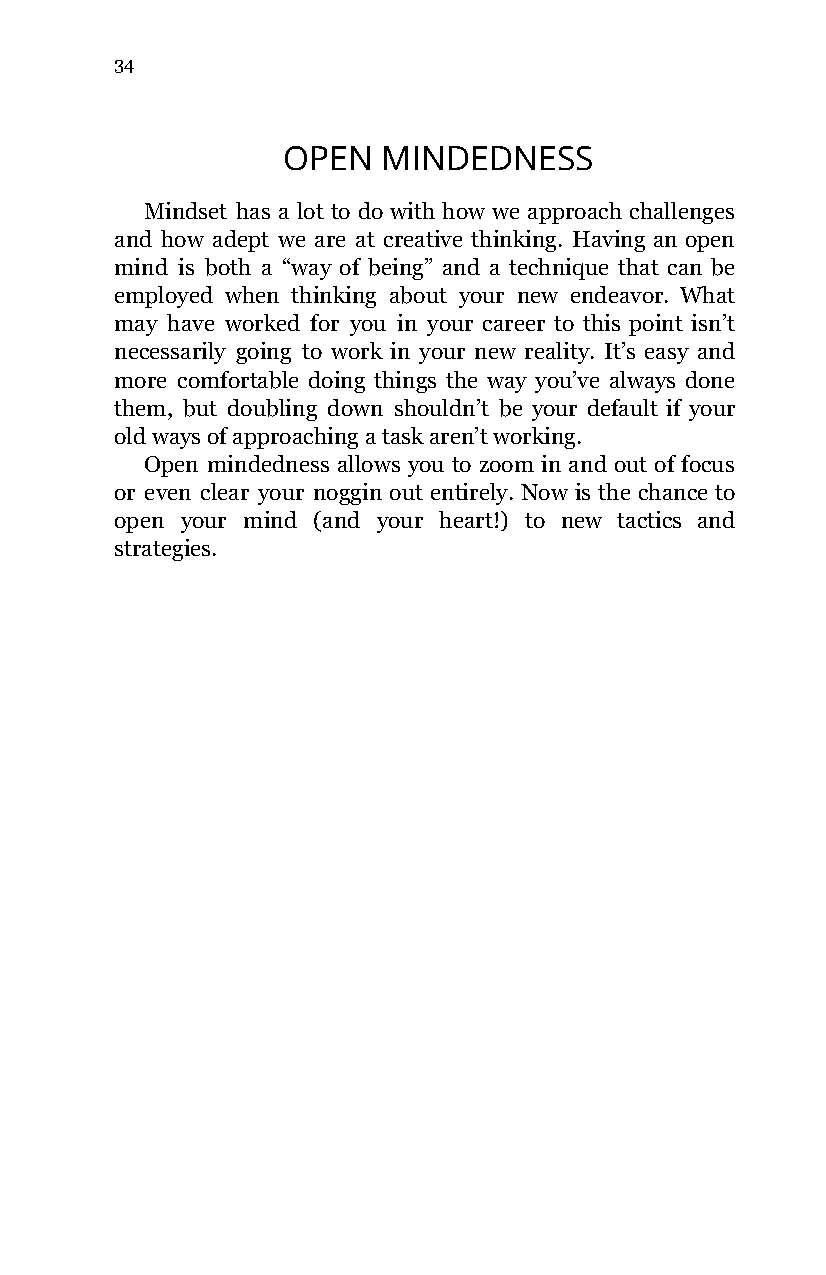
34
 OPEN  MINDEDNESS
 Mindset has a lot to do with how we approach challenges
 and how adept we are at creative thinking. Having an open
 mind is both a “way of being” and a technique that can be
 employed when thinking about your new endeavor. What
 may have worked for you in your career to this point isn’t
 necessarily going to work in your new reality. It’s easy and
 more comfortable doing things the way you’ve always done
 them, but doubling down shouldn’t be your default if your
 old ways of approaching a task aren’t working.
 Open mindedness allows you to zoom in and out of focus
 or even clear your noggin out entirely. Now is the chance to
 open your mind (and your heart!) to new tactics and
 strategies.